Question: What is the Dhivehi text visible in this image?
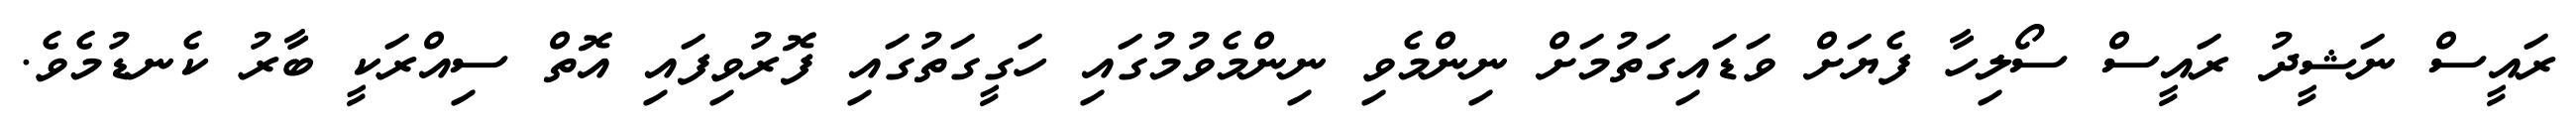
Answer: ރައީސް ނަޝީދު ރައީސް ސޯލިހާ ފެޔަށް ވަޑައިގަތުމަށް ނިންމެވި ނިންމެވުމުގައި ހަގީގަތުގައި ފޮރުވިފައި އޮތް ސިއްރަކީ ބާރު ކެނޑުމެވެ.